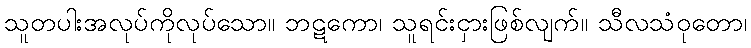
သူတပါးအလုပ်ကိုလုပ်သော။ ဘဋကော၊ သူရင်းငှားဖြစ်လျက်။ သီလသံဝုတော၊